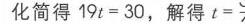
过 \(P_{4}\) 作 \(P_{4}M\bot y\) 轴于 \(M\)，则 \(\triangle BOC\sim\triangle CMP_{4}\)